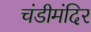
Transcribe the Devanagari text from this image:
चंडीमंदिर